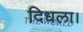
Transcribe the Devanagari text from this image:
दिधला।